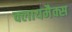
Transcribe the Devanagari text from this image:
क्लायमैक्स